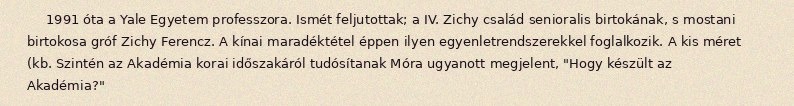
1991 óta a Yale Egyetem professzora. Ismét feljutottak; a IV. Zichy család senioralis birtokának, s mostani birtokosa gróf Zichy Ferencz. A kínai maradéktétel éppen ilyen egyenletrendszerekkel foglalkozik. A kis méret (kb. Szintén az Akadémia korai időszakáról tudósítanak Móra ugyanott megjelent, "Hogy készült az Akadémia?"